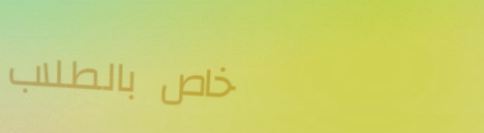
خاص بالطلاب